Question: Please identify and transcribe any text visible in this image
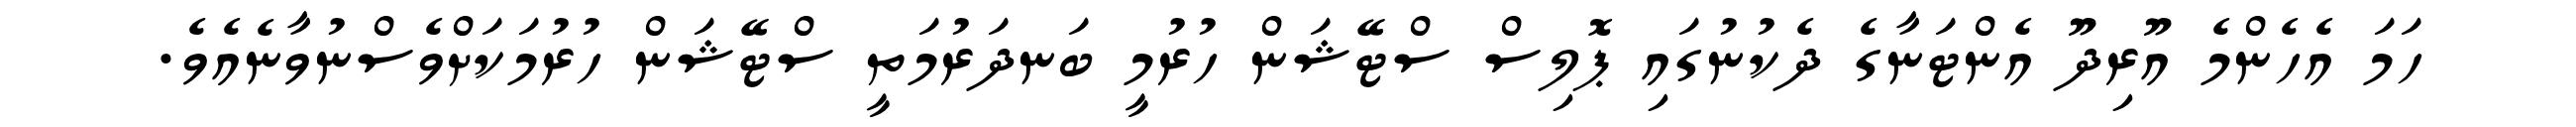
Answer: ހަމަ އެހެންމެ އޫރިދޫ އެންޓަނާގެ ދެކުނުގައި ޕޮލިސް ސްޓޭޝަން ހުރުމީ ބަނދަރުމަތީ ސްޓޭޝަން ހުރުމަކަށްވެސްނުވާނެއެވެ.